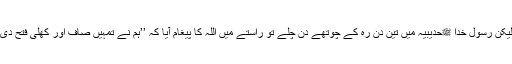
لیکن رسول خدا ﷺحدیبیہ میں تین دن رہ کے چوتھے دن چلے تو راستے میں اللہ کا پیغام آیا کہ ’’ہم نے تمہیں صاف اور کھلی فتح دی۔